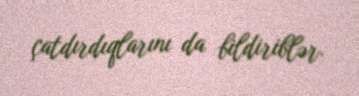
çatdırdıqlarını da bildiriblər.